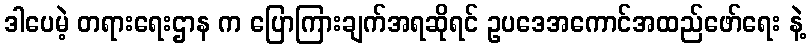
ဒါပေမဲ့ တရားရေးဌာန က ပြောကြားချက်အရဆိုရင် ဥပဒေအကောင်အထည်ဖော်ရေး နဲ့